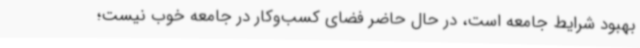
بهبود شرایط جامعه است، در حال حاضر فضای کسب‌وکار در جامعه خوب نیست؛